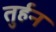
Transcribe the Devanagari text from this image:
तुर्हन